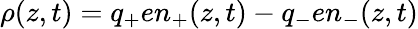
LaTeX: \rho(z,t)=q_{+}en_{+}(z,t)-q_{-}en_{-}(z,t)